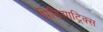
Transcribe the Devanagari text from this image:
पिडियाट्रिक्स